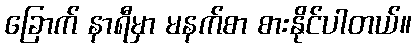
ခြောက် နာရီမှာ မနက်စာ စားနိုင်ပါတယ်။